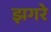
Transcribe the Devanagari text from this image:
झगरे